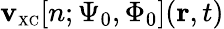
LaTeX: \mathbf{v}_{\scriptscriptstyle\mathrm{{XC}}}[n;\Psi_{0},\Phi_{0}]({\mathbf{r}},t)